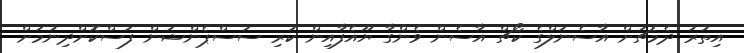
އިތުރު ދެމެޗަށް އާސެނަލްގެ ކޯޗް އާސެން ވެންގާ ޔޫއެފާއިން ކުރި ސަސްޕެންޝަން ފަސްކޮށްދިނުމަށް